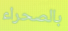
بالصحراء